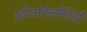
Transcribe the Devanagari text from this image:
स्टीनोपेल्मैटिडी